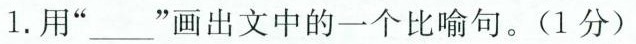
1. 用“___”画出文中的一个比喻句。(1分)